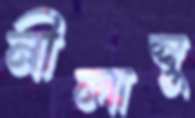
নীলাম্বু